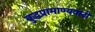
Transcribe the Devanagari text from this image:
बुद्धप्रामाण्यवादी